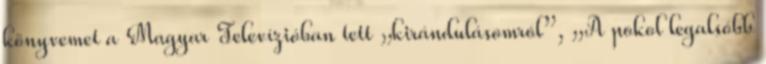
könyve­met a Magyar Televízióban tett „kirándulásomról”, „A pokol leg­al­sóbb